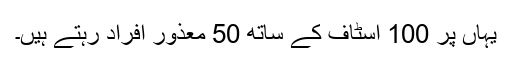
یہاں پر 100 اسٹاف کے ساتھ 50 معذور افراد رہتے ہیں۔